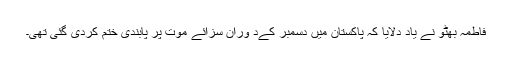
فاطمہ بھٹو نے یاد دلایا کہ پاکستان میں دسمبر کےد وران سزائے موت پر پابندی ختم کردی گئی تھی۔